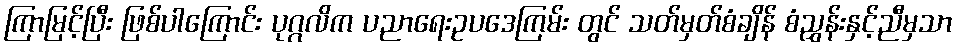
ကြာမြင့်ပြီး ဖြစ်ပါကြောင်း ပုဂ္ဂလိက ပညာရေးဥပဒေကြမ်း တွင် သတ်မှတ်စံချိန် စံညွှန်းနှင့်ညီမှသာ